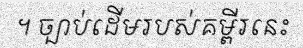
។ ច្បាប់ដើមរបស់គម្ពីរនេះ